Vaccine operations Central Provinces 1886-1899 - 1886-1899
Year: 1886
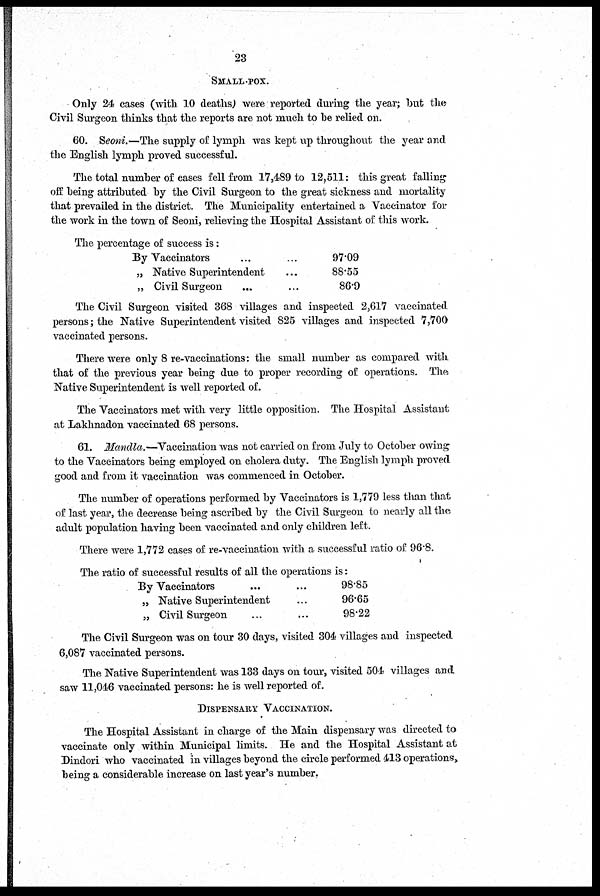
23
SMALL-POX.
Only 24 cases (with 10 deaths) were reported during the year; but the
Civil Surgeon thinks that the reports are not much to be relied on.
60. Seoni.—The supply of lymph was kept up throughout the year and
the English lymph proved successful.
The total number of cases fell from 17,489 to 12,511: this great falling
off being attributed by the Civil Surgeon to the great sickness and mortality
that prevailed in the district. The Municipality entertained a Vaccinator for
the work in the town of Seoni, relieving the Hospital Assistant of this work.
The percentage of success is:
By Vaccinators
„ Native Superintendent
„ Civil Surgeon
97.09
88.55
86.9
The Civil Surgeon visited 368 villages and inspected 2,617 vaccinated
persons; the Native Superintendent visited 825 villages and inspected 7,700
vaccinated persons.
There were only 8 re-vaccinations: the small number as compared with
that of the previous year being due to proper recording of operations. The
Native Superintendent is well reported of.
The Vaccinators met with very little opposition. The Hospital Assistant
at Lakhnadon vaccinated 68 persons.
61. Mandla.—Vaccination was not carried on from July to October owing
to the Vaccinators being employed on cholera duty. The English lymph proved
good and from it vaccination was commenced in October.
The number of operations performed by Vaccinators is 1,779 less than that
of last year, the decrease being ascribed by the Civil Surgeon to nearly all the
adult population having been vaccinated and only children left.
There were 1,772 cases of re-vaccination with a successful ratio of 96.8.
The ratio of successful results of all the operations is:
By Vaccinators
„ Native Superintendent
„ Civil Surgeon
98.85
96.65
98.22
The Civil Surgeon was on tour 30 days, visited 304 villages and inspected
6,087 vaccinated persons.
The Native Superintendent was 133 days on tour, visited 504 villages and
saw 11,046 vaccinated persons: he is well reported of.
DISPENSARY VACCINATION.
The Hospital Assistant in charge of the Main dispensary was directed to
vaccinate only within Municipal limits. He and the Hospital Assistant at
Dindori who vaccinated in villages beyond the circle performed 413 operations,
being a considerable increase on last year's number.